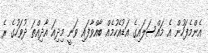
އެންމެފަހުން އެ މައްސަލައިގެ އަޑުއެހުމެއް ބާއްވާފައި ވަނީ މިދިއަ އާދިއްތަ ދުވަހުގެ ރެ